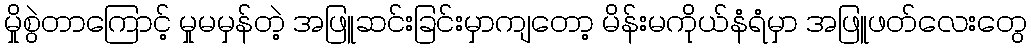
မှိုစွဲတာကြောင့် မှုမမှန်တဲ့ အဖြူဆင်းခြင်းမှာကျတော့ မိန်းမကိုယ်နံရံမှာ အဖြူဖတ်လေးတွေ